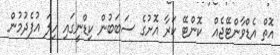
އޮތް އެޑްވާންޓޭޖެއް  ކޮންޓޭ ކަރާ އޮށުގެ ސަބަބުން ކިޑްނީގައި ހިލަ އުފެދުމުން